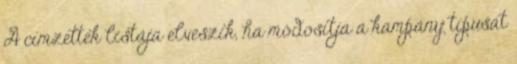
A címzettek listája elveszik, ha módosítja a kampány típusát